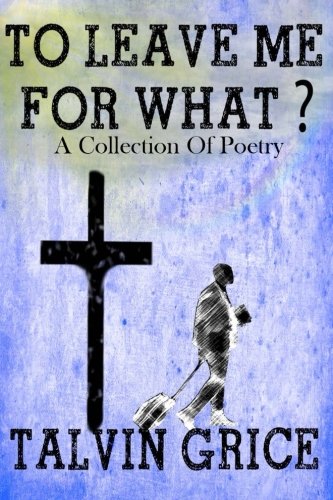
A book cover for To Leave Me For What: A Collection Of Poetry; Talvin Grice; Literature & Fiction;